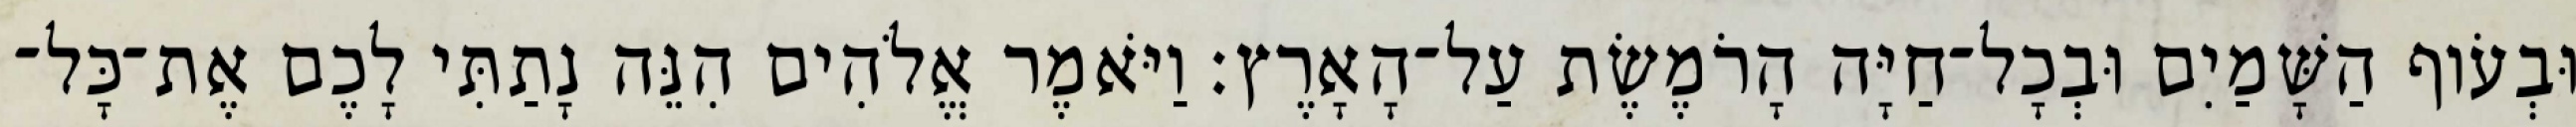
וּבְעֹוף הַשָּׁמַיִם וּבְכָל־חַיָּה הָרֹמֶשֶׂת עַל־הָאָרֶץ׃ וַיֹּאמֶר אֱלֹהִים הִנֵּה נָתַתִּי לָכֶם אֶת־כָּל־